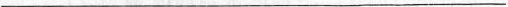
___